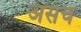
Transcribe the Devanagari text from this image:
असच